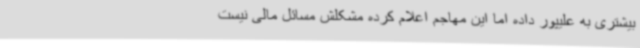
بیشتری به علیپور داده اما این مهاجم اعلام کرده مشکلش مسائل مالی نیست